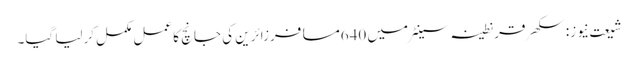
شیعت نیوز: سکھر قرنطینہ سینٹرمیں 640مسافرزائرین کی جانچ کا عمل مکمل کرلیا گیا۔